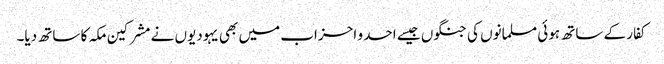
کفار کے ساتھ ہوئی مسلمانوں کی جنگوں جیسے احد و احزاب میں بھی یہودیوں نے مشرکین مکہ کا ساتھ دیا۔